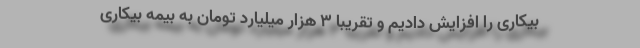
بیکاری را افزایش دادیم و تقریبا ۳ هزار میلیارد تومان به بیمه بیکاری